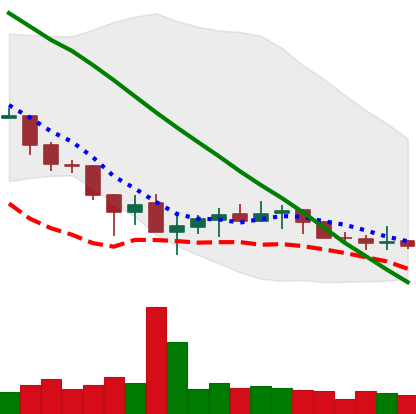
Ticker: XLM-USD
Chart end date: 2019-12-06
Forward return: -4.245%
Label: down_3_5